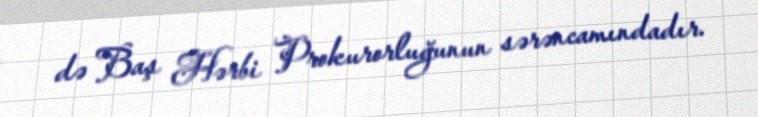
də Baş Hərbi Prokurorluğunun sərəncamındadır.